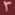
3